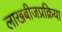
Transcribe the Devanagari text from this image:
लाखबीजप्रक्रिया